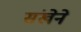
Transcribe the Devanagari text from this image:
संखेने